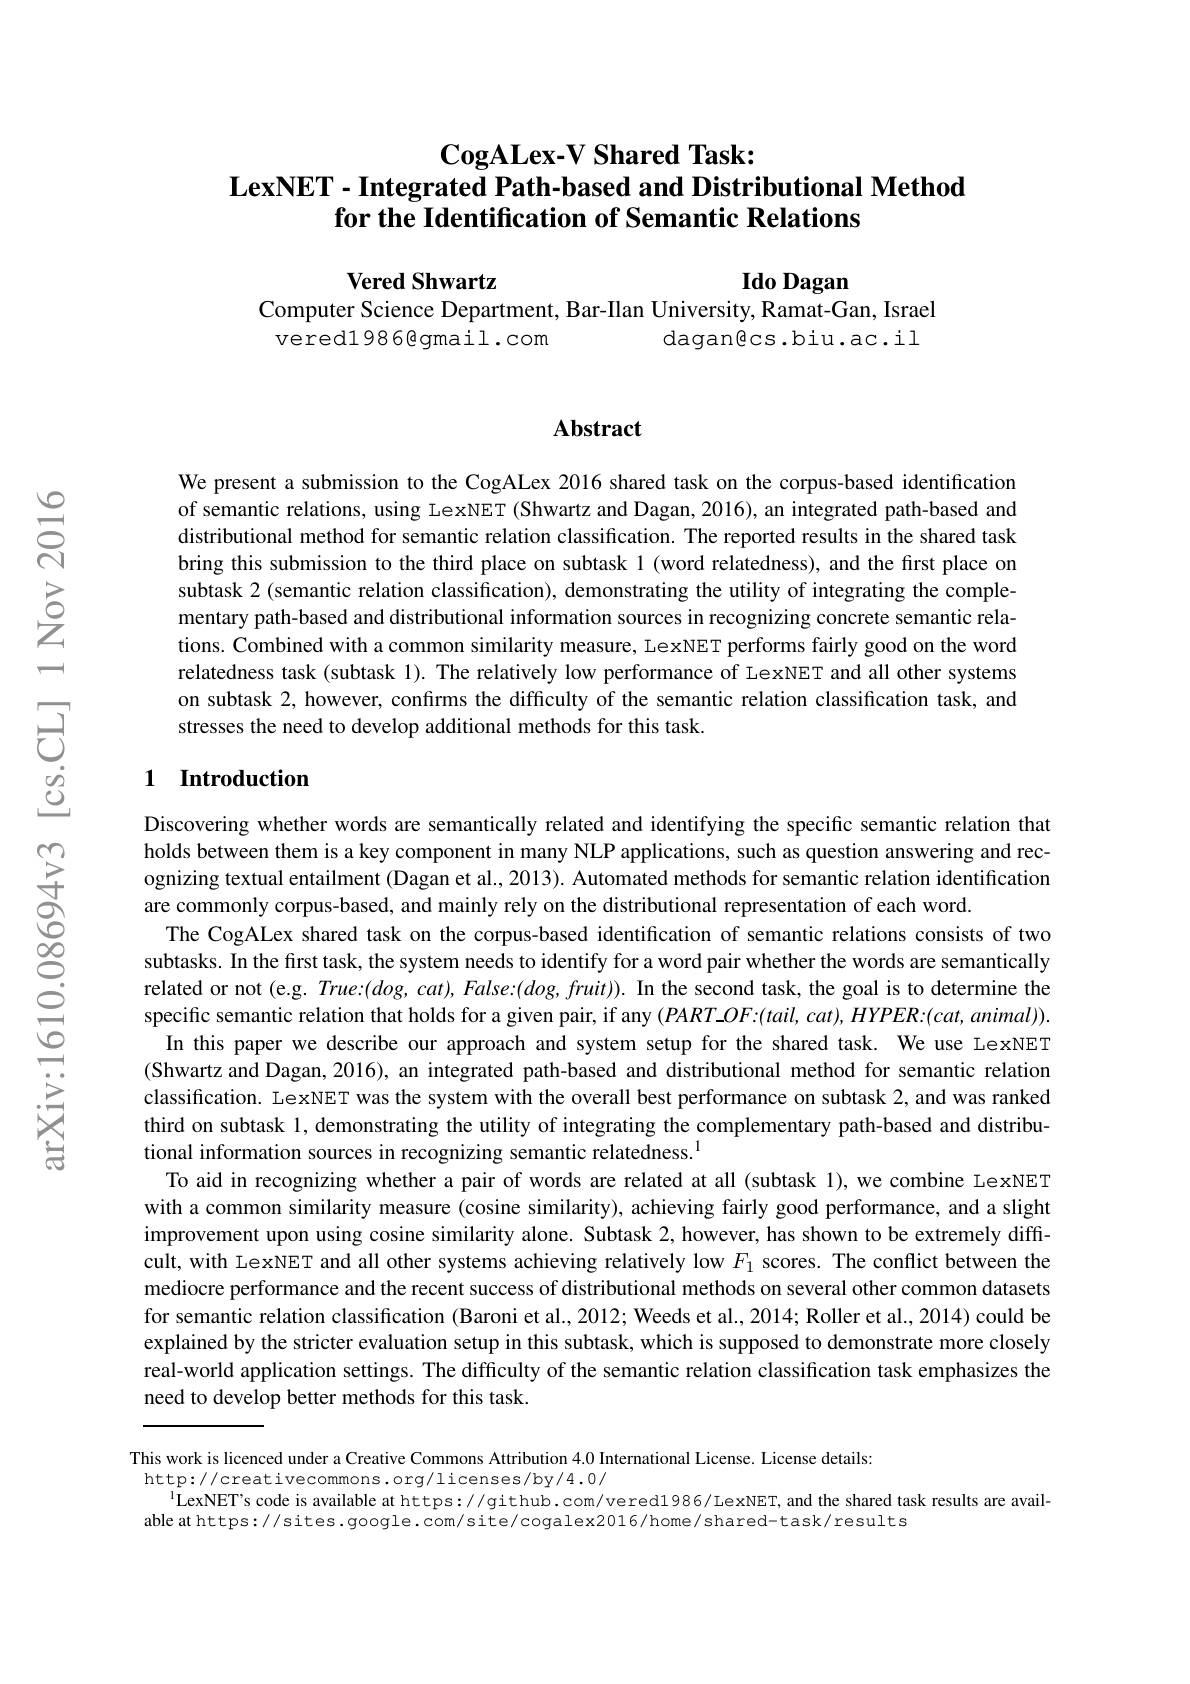
## $\textbf{CogALex- V Shared Task: }$ $\textbf{LexNET- Integrated Path- based and Distributional Method}$ for the Identification of Semantic Relations

$\textbf{Vered Shwartz}$
Computer Science Department, Bar-Ilan University, Ramat-Gan, Israel

Ido Dagan

vered1986@gmail.com
daganêcs.biu.ac.il

### $\mathbf{Abstract}$

We present a submission to the CogALex 2016 shared task on the corpus-based identification of semantic relations, using LexNET (Shwartz and Dagan, 2016), an integrated path-based and distributional method for semantic relation classification. The reported results in the shared task bring this submission to the third place on subtask 1 (word relatedness), and the first place on subtask 2 (semantic relation classification), demonstrating the utility of integrating the complementary path-based and distributional information sources in recognizing concrete semantic relations. Combined with a common similarity measure, LexNET performs fairly good on the word relatedness task (subtask 1). The relatively low performance of LexNET and all other systems on subtask 2, however, confirms the difficulty of the semantic relation classification task, and stresses the need to develop additional methods for this task.

## 1 Introduction

Discovering whether words are semantically related and identifying the specific semantic relation that holds between them is a key component in many NLP applications, such as question answering and recognizing textual entailment (Dagan et al., 2013). Automated methods for semantic relation identification are commonly corpus-based, and mainly rely on the distributional representation of each word.
The CogALex shared task on the corpus-based identification of semantic relations consists of two subtasks. In the first task, the system needs to identify for a word pair whether the words are semantically related or not (e.g. True:(dog, cat), False:(dog, fruit)). In the second task, the goal is to determine the specific semantic relation that holds for a given pair, if any $(PART\_OF:(tail,cat),HYPER:(cat,animal)).$ In this paper we describe our approach and system setup for the shared task. We use LexNET (Shwartz and Dagan, 2016), an integrated path-based and distributional method for semantic relation classification. LexNET was the system with the overall best performance on subtask 2, and was ranked third on subtask 1, demonstrating the utility of integrating the complementary path-based and distributional information sources in recognizing semantic relatedness.$^{1}$
To aid in recognizing whether a pair of words are related at all (subtask 1), we combine LexNET with a common similarity measure (cosine similarity), achieving fairly good performance, and a slight improvement upon using cosine similarity alone. Subtask 2, however, has shown to be extremely diffcult, with LexNET and all other systems achieving relatively low $F_{1}$ scores. The conflict between the mediocre performance and the recent success of distributional methods on several other common datasets for semantic relation classification (Baroni et al., 2012; Weeds et al., 2014; Roller et al., 2014) could be explained by the stricter evaluation setup in this subtask, which is supposed to demonstrate more closely real-world application settings. The difficulty of the semantic relation classification task emphasizes the need to develop better methods for this task.

This work is licenced under a Creative Commons Attribution 4.0 International License. License details:
http://creativecommons.org/licenses/by/4.0/
$^{\mathrm{i}}$LexNET's code is available at https://github.com/vered1986/LexNET, and the shared task results are avail-
able at https:// sites. google. com/ site/ cogalex2016/ home/ shared-task/ results